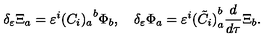
\delta _ { \varepsilon } \Xi _ { a } = \varepsilon ^ { i } { ( C _ { i } ) _ { a } } ^ { b } \Phi _ { b } , \quad \delta _ { \varepsilon } \Phi _ { a } = \varepsilon ^ { i } { ( \tilde { C } _ { i } ) } _ { a } ^ { b } \frac { d } { d \tau } { \Xi } _ { b } .